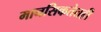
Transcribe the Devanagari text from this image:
मानसिकतेतही